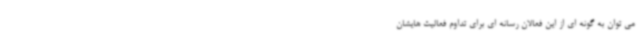
می توان به گونه ای از این فعالان رسانه ای برای تداوم فعالیت هایشان